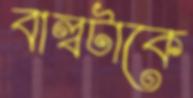
বাল্বটাকে